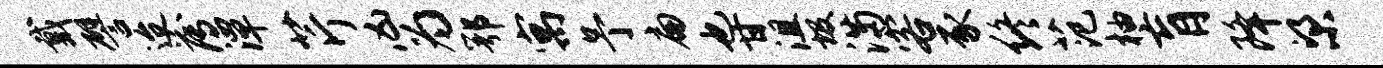
戴譬迨薄潭芹凶为鄂寓予扁也甘沮圾满客豕终范柚肓降梁